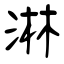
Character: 淋